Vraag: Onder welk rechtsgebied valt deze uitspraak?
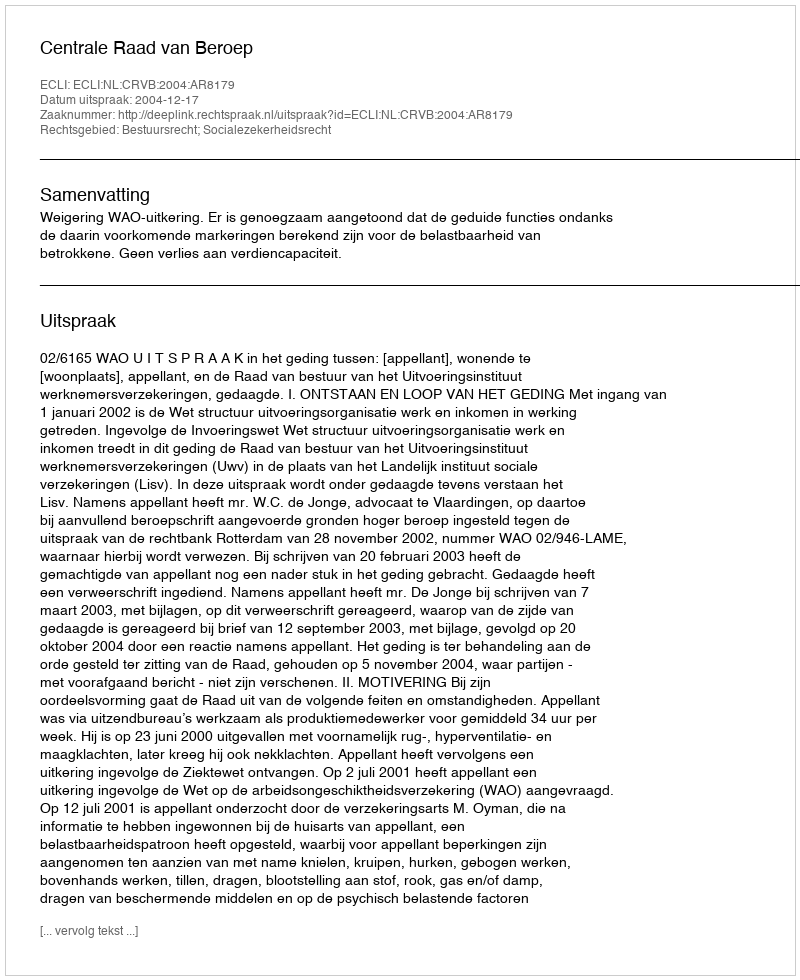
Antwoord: Bestuursrecht; Socialezekerheidsrecht